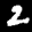
Label: 2